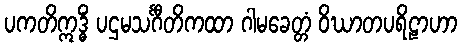
ပကတိဣဒ္ဓိံ ပဌမသင်္ဂီတိကထာ ဂါမခေတ္တံ ဝိဃာတပရိဠာဟာ